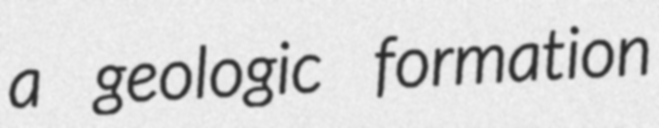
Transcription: a geologic formation